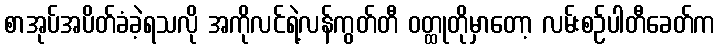
စာအုပ်အပိတ်ခံခဲ့ရသလို အကိုလင်ရဲ့လန်ကွတ်တီ ဝတ္ထုတိုမှာတော့ လမ်းစဉ်ပါတီခေတ်က